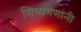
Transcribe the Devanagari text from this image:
शिष्यगणांनी